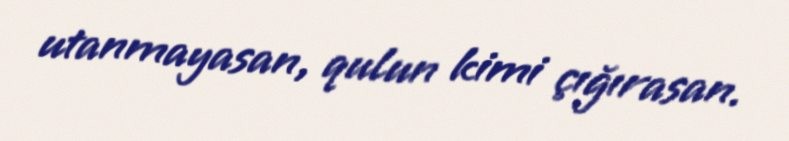
utanmayasan, qulun kimi çığırasan.